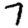
Digit: 7